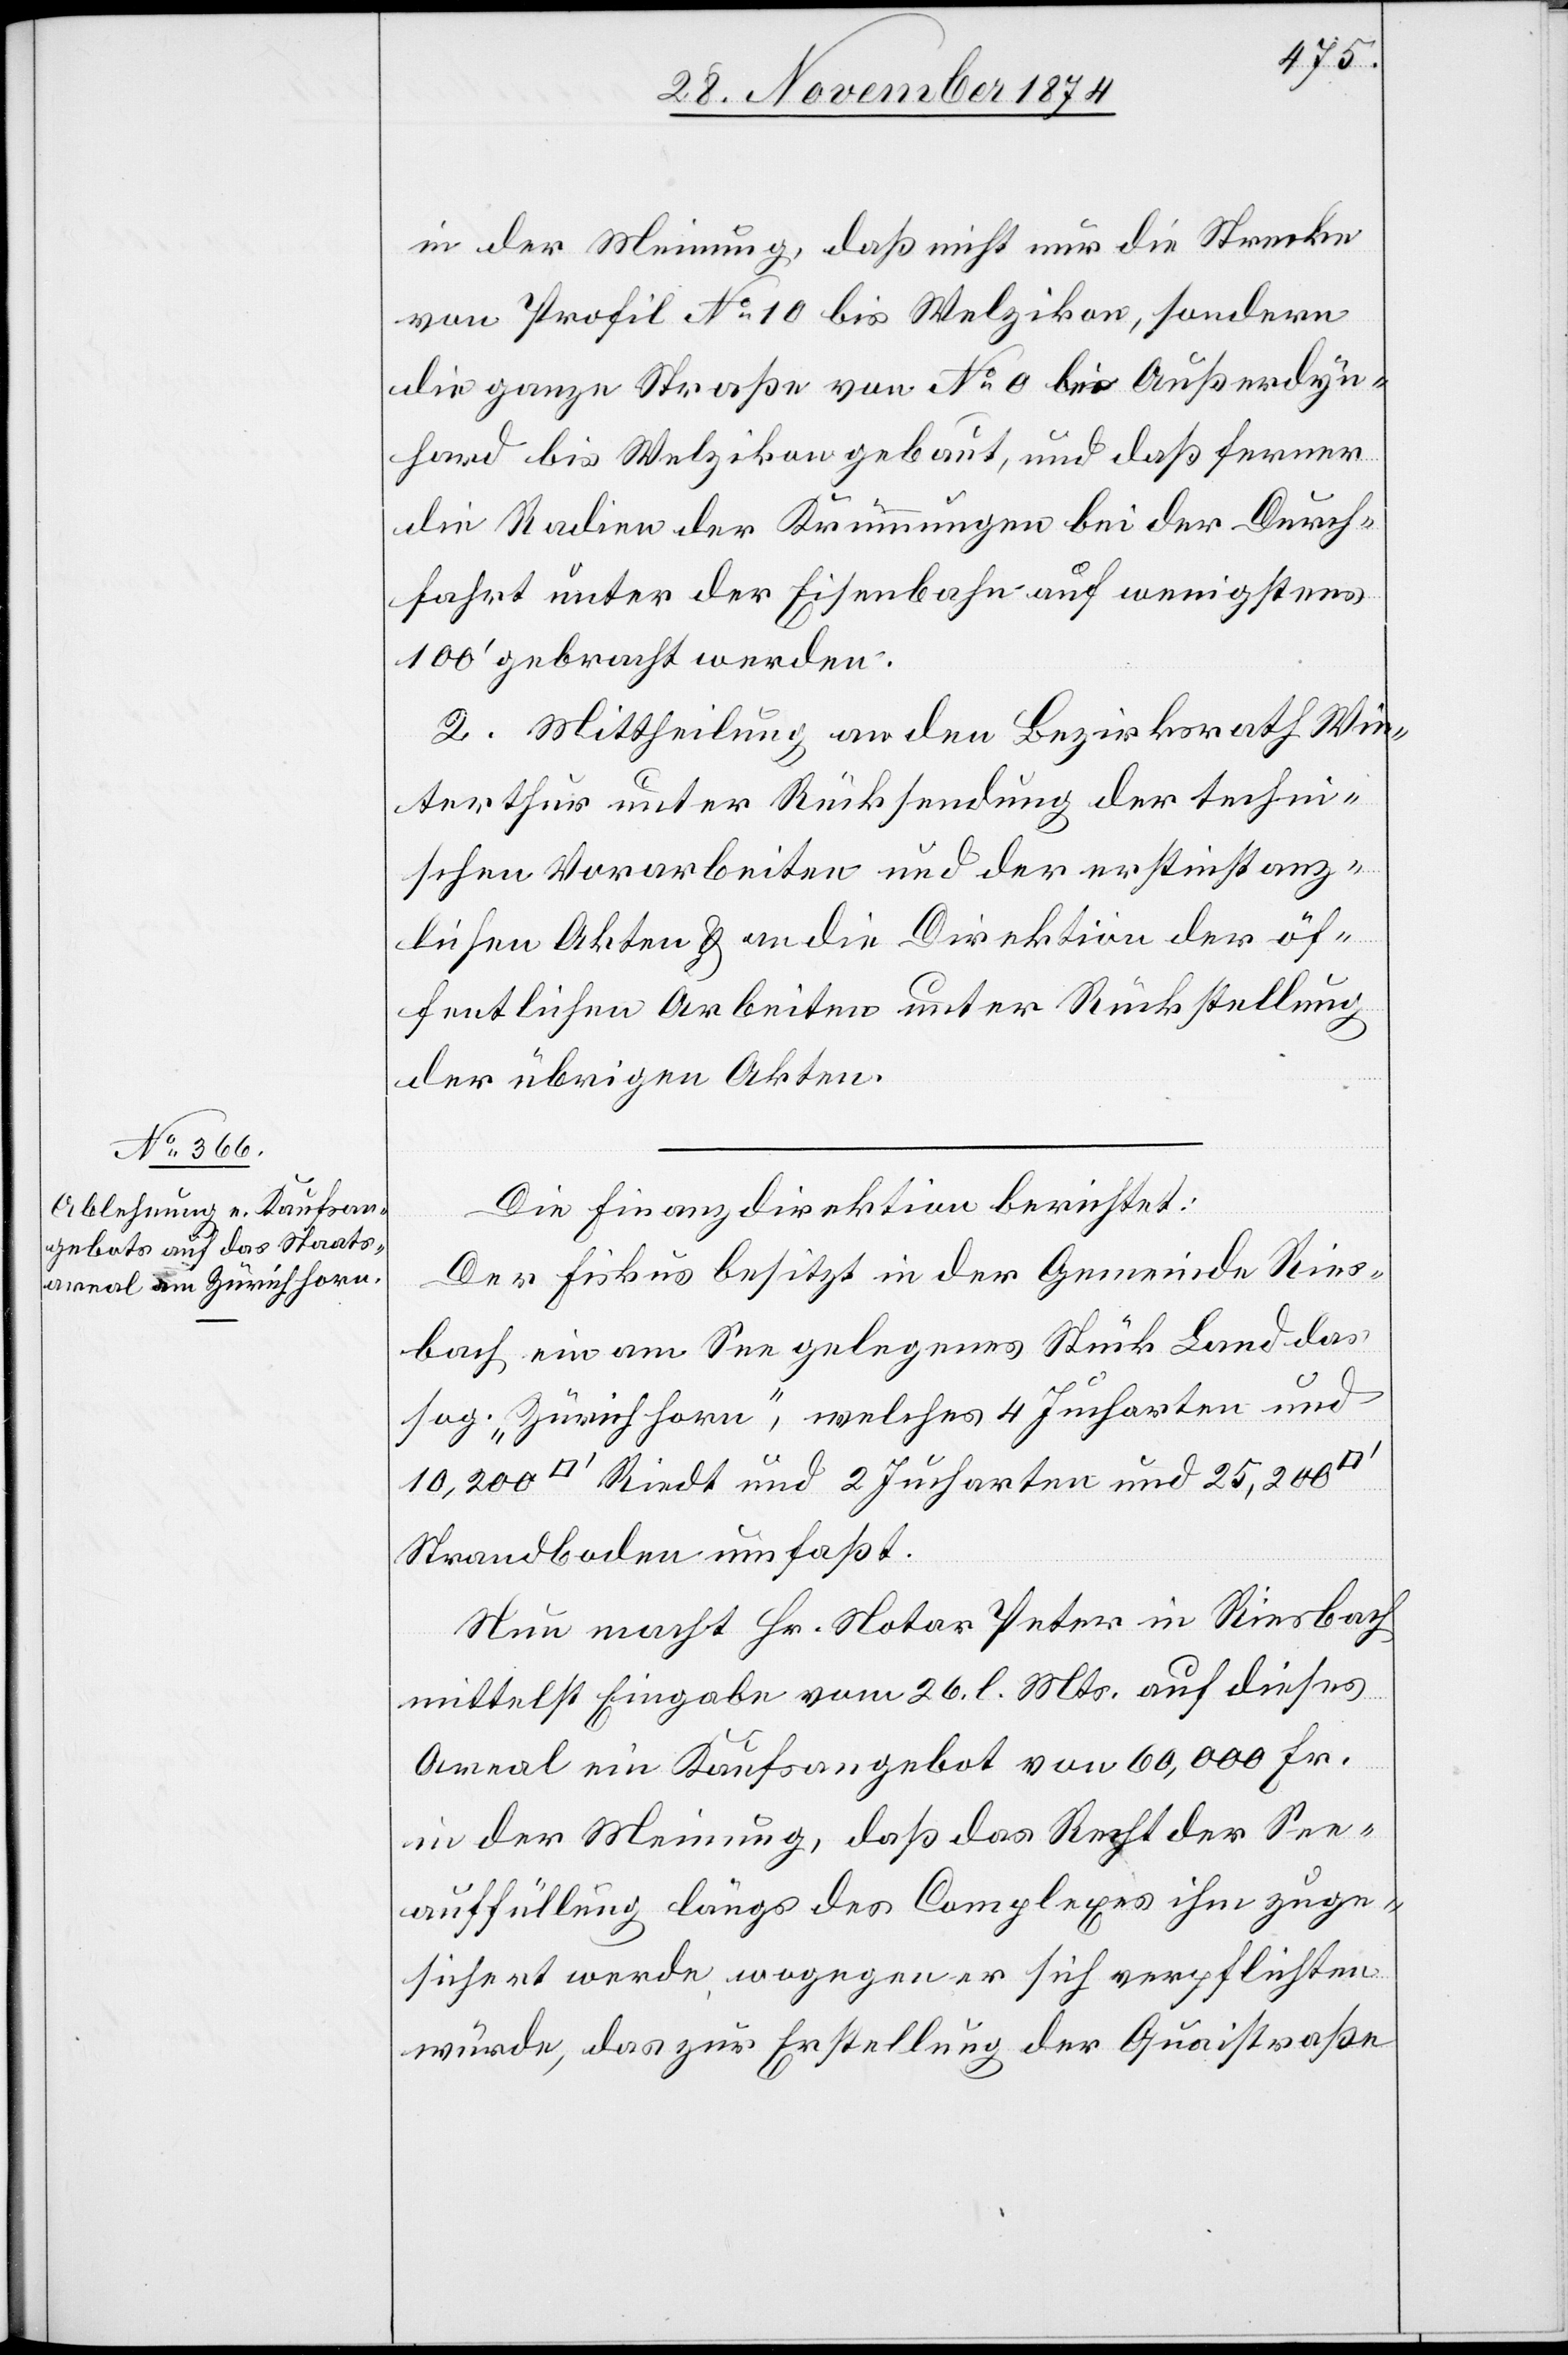
in der Meinung, daß nicht nur die Strecke
von Profil No 10 bis Welzikon, sondern
die ganze Straße von No 0 bis Außerdyn¬
hard bis Welzikon gebaut, und daß ferner
die Radien der Krümmungen bei der Durch¬
fahrt unter der Eisenbahn auf wenigstens
100‘ gebracht werden.
2. Mittheilung an den Bezirksrath Win¬
terthur unter Rücksendung der techni¬
schen Vorarbeiten und der erstinstanz¬
lichen Akten & an die Direktion der öf¬
fentlichen Arbeiten unter Rückstellung
der übrigen Akten.
Die Finanzdirektion berichtet:
Der Fiskus besitzt in der Gemeinde Ries¬
bach ein am See gelegenes Stück Land das
sog. „Zürichhorn“, welches 4 Jucharten und
Riedt und 2 Jucharten und 25,200
Strandboden umfaßt.
Nun macht Hr. Notar Peter in Riesbach
mittelst Eingabe vom 26. l. Mts. auf dieses
Areal ein Kaufsangebot von 60,000 Fr.
in der Meinung, daß das Recht der See¬
auffüllung längs des Complexes ihm zuge¬
sichert werde, wogegen er sich verpflichten
würde, das zur Erstellung der Quaistraße